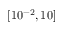
[ 1 0 ^ { - 2 } , 1 0 ]